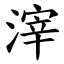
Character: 滓